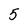
Character: 5